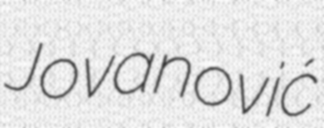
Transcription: Jovanović